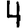
Digit: 4